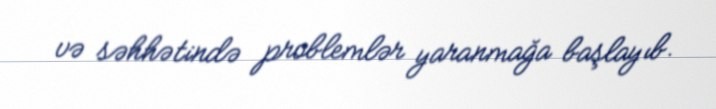
və səhhətində problemlər yaranmağa başlayıb.